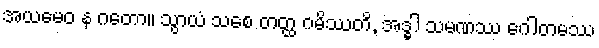
အယမေဝ န ဂတော။ သွာယံ သစေ တတ္ထ ဂမိဿတိ, အဒ္ဓါ သမဏဿ ဂေါတမဿ